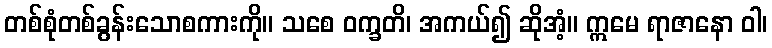
တစ်စုံတစ်ခွန်းသောစကားကို။ သစေ ဝက္ခတိ၊ အကယ်၍ ဆိုအံ့။ ဣမေ ရာဇာနော ဝါ၊